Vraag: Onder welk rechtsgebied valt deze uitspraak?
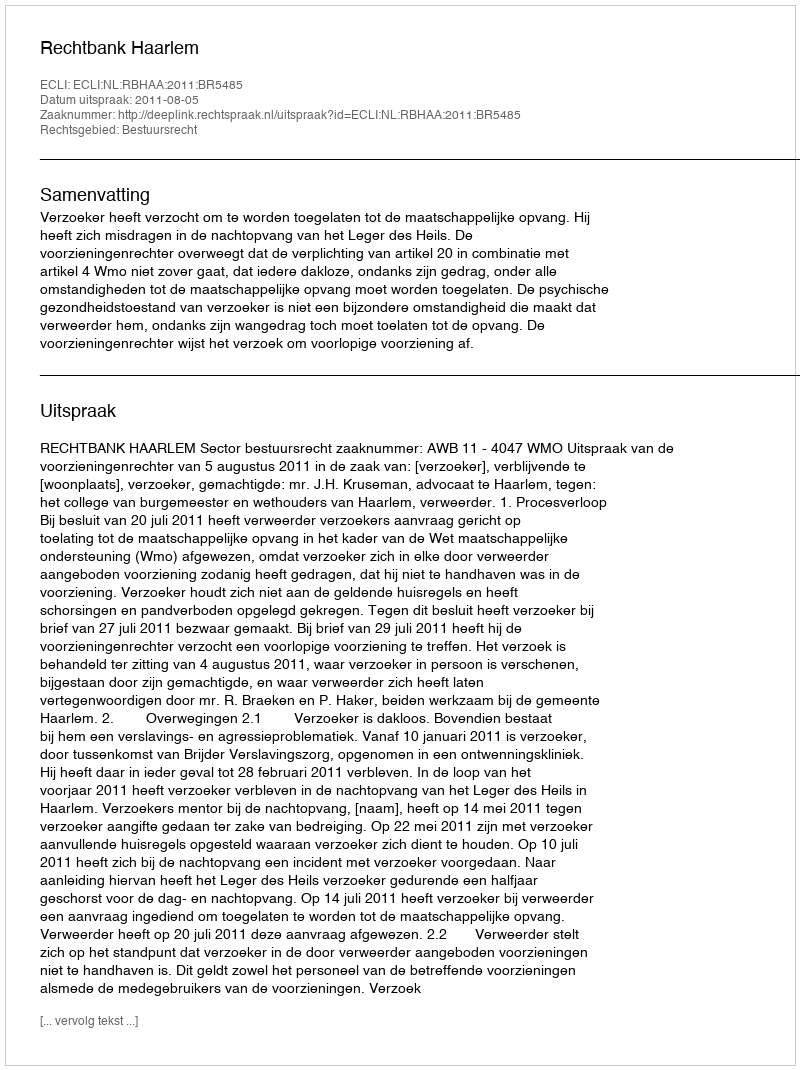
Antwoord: Bestuursrecht